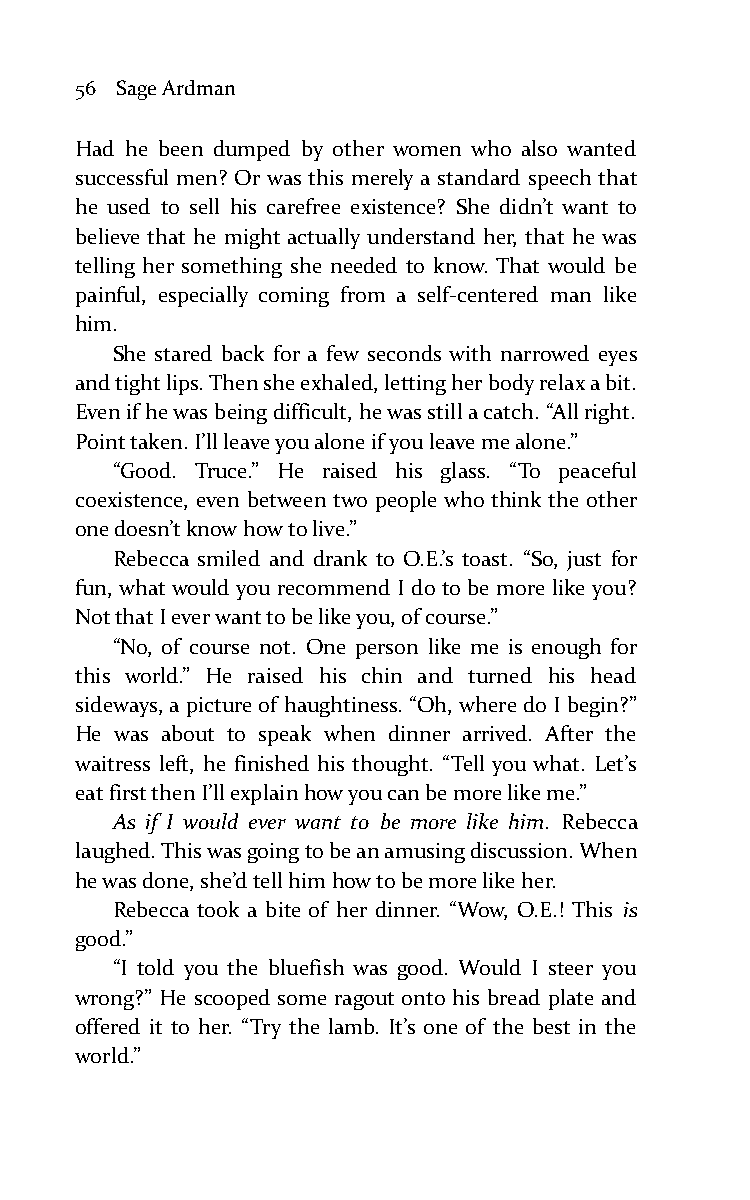
56 Sage Ardman
 Had he been dumped by other women who also wanted
 successful men? Or was this merely a standard speech that
 he used to sell his carefree existence? She didn’t want to
 believe that he might actually understand her, that he was
 telling her something she needed to know. That would be
 painful, especially coming from a self-centered man like
 him.
 She stared back for a few seconds with narrowed eyes
 and tight lips. Then she exhaled, letting her body relax a bit.
 Even if he was being difficult, he was still a catch. “All right.
 Point taken. I’ll leave you alone if you leave me alone.”
 “Good. Truce.” He raised his glass. “To peaceful
 coexistence, even between two people who think the other
 one doesn’t know how to live.”
 Rebecca smiled and drank to O.E.’s toast. “So, just for
 fun, what would you recommend I do to be more like you?
 Not that I ever want to be like you, of course.”
 “No, of course not. One person like me is enough for
 this world.” He raised his chin and turned his head
 sideways, a picture of haughtiness. “Oh, where do I begin?”
 He was about to speak when dinner arrived. After the
 waitress left, he finished his thought. “Tell you what. Let’s
 eat first then I’ll explain how you can be more like me.”
 As if I would ever want to be more like him. Rebecca
 laughed. This was going to be an amusing discussion. When
 he was done, she’d tell him how to be more like her.
 Rebecca took a bite of her dinner. “Wow, O.E.! This is
 good.”
 “I told you the bluefish was good. Would I steer you
 wrong?” He scooped some ragout onto his bread plate and
 offered it to her. “Try the lamb. It’s one of the best in the
 world.”